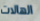
الهالات